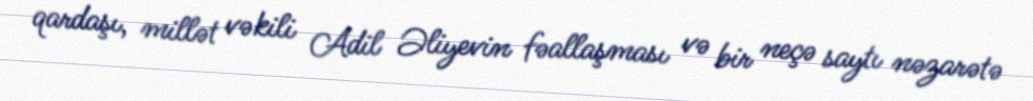
qardaşı, millət vəkili Adil Əliyevin fəallaşması və bir neçə saytı nəzarətə